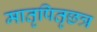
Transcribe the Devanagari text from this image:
मातृपितृछत्र